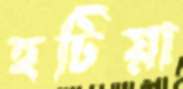
হটিয়া